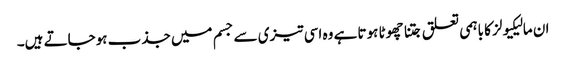
ان مالیکیولز کا باہمی تعلق جتنا چھوٹا ہوتا ہے وہ اسی تیزی سے جسم میں جذب ہوجاتے ہیں۔